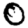
Digit: 0